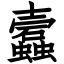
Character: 蠧